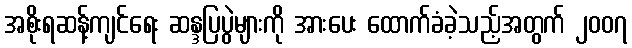
အစိုးရဆန့်ကျင်ရေး ဆန္ဒပြပွဲများကို အားပေး ထောက်ခံခဲ့သည့်အတွက် ၂၀၀၇